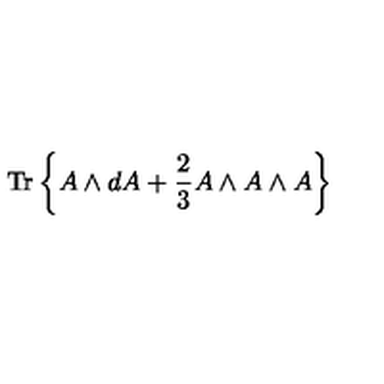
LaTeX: { \mathrm { T r } } \left\{ A \wedge d A + \frac { 2 } { 3 } A \wedge A \wedge A \right\}